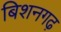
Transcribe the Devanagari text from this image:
बिशनगढ़